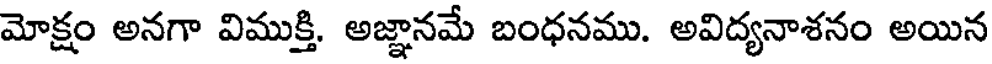
మోక్షం అనగా విముక్తి. అజ్ఞానమే బంధనము. అవిద్యనాశనం అయిన